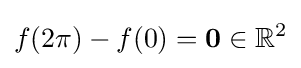
f(2\pi )-f(0)=\mathbf {0} \in \mathbb {R} ^{2}